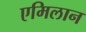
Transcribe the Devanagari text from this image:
एमिलान